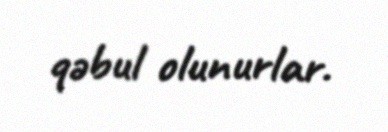
qəbul olunurlar.